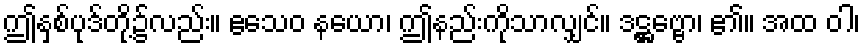
ဤနှစ်ပုဒ်တို့၌လည်း။ ဧသေဝ နယော၊ ဤနည်းကိုသာလျှင်။ ဒဋ္ဌဗ္ဗော၊ ၏။ အထ ဝါ၊